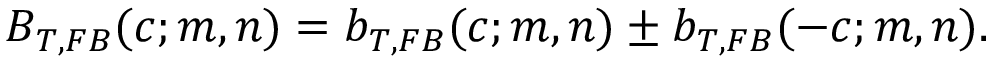
B _ { T , F B } ( c ; m , n ) = b _ { T , F B } ( c ; m , n ) \pm b _ { T , F B } ( - c ; m , n ) .